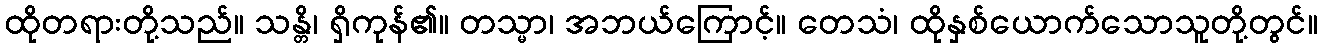
ထိုတရားတို့သည်။ သန္တိ၊ ရှိကုန်၏။ တသ္မာ၊ အဘယ်ကြောင့်။ တေသံ၊ ထိုနှစ်ယောက်သောသူတို့တွင်။